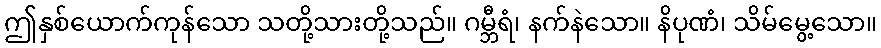
ဤနှစ်ယောက်ကုန်သော သတို့သားတို့သည်။ ဂမ္ဘီရံ၊ နက်နဲသော။ နိပုဏံ၊ သိမ်မွေ့သော။